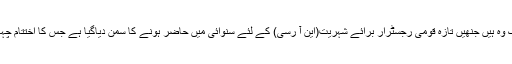
یہ ان ہزاروں میں وہ تمام لوگ وہ ہیں جنھیں تازہ قومی رجسٹرار برائے شہریت(این آ رسی) کے لئے سنوائی میں حاضر ہونے کا سمن دیاگیا ہے جس کا اختتام چہارشنبہ کے روز عمل میں آیا۔